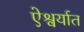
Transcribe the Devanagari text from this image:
ऐश्वर्यात